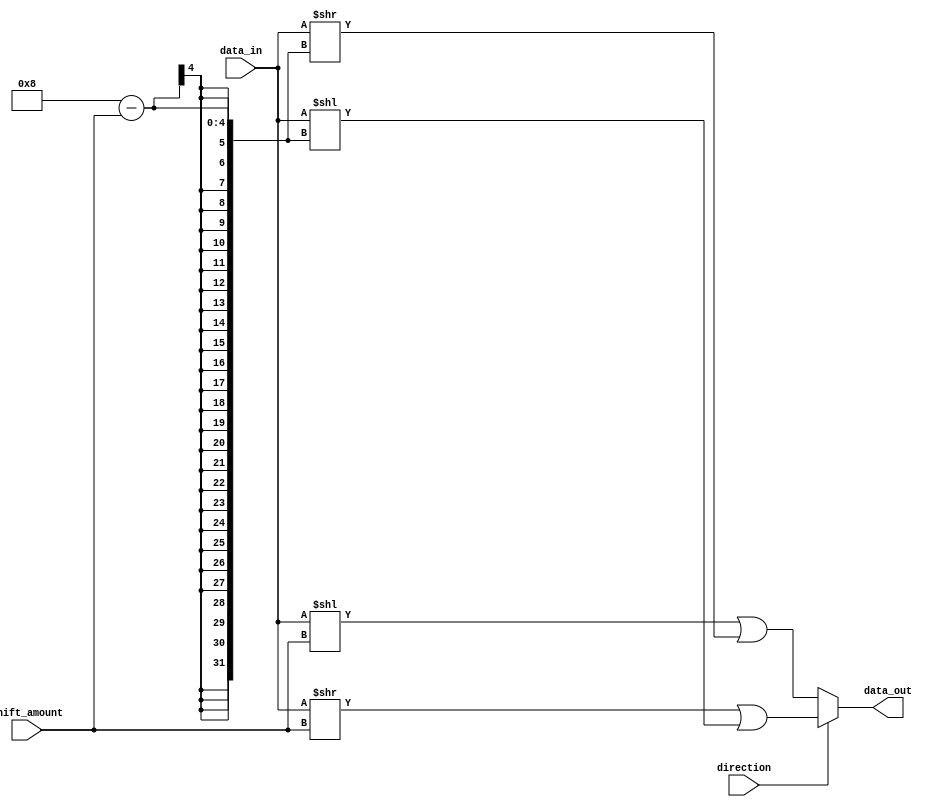
module rotating_barrel_shifter (
    input wire [7:0] data_in, // 8-bit input data
    input wire [2:0] shift_amount, // 3-bit shift amount
    input wire direction, // 1-bit direction of shifting (0 for left, 1 for right)
    output reg [7:0] data_out // 8-bit output data after shifting
);

reg [7:0] shifted_data; // 8-bit shifted data
reg [7:0] shifted_data_temp; // Temporary variable for shifted data

// Perform the shifting operation based on the direction and shift amount
always @(*) begin
    if (direction == 0) begin // Left shift
        shifted_data_temp = data_in << shift_amount;
        shifted_data = shifted_data_temp | (data_in >> (8 - shift_amount));
    end else begin // Right shift
        shifted_data_temp = data_in >> shift_amount;
        shifted_data = shifted_data_temp | (data_in << (8 - shift_amount));
    end
end

// Output the shifted data
assign data_out = shifted_data;

endmodule